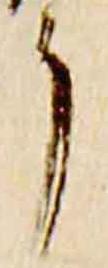
了